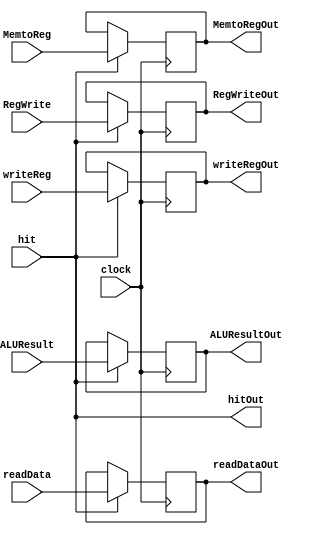
`timescale 1ns / 1ps
//////////////////////////////////////////////////////////////////////////////////
// Company: 
// Engineer: 
// 
// Design Name: 
// Module Name:    MEM_WB_Register 
// Project Name: 
// Target Devices: 
// Tool versions: 
// Description: 
//
// Dependencies: 
//
// Revision: 
// Revision 0.01 - File Created
// Additional Comments: 
//
//////////////////////////////////////////////////////////////////////////////////
module MEM_WB_Register(
    input clock,
    input hit,
    input [31:0] readData,
    input [31:0] ALUResult,
    input [4:0] writeReg,
    input RegWrite,
    input MemtoReg,
    output wire hitOut,
    output reg [31:0] readDataOut,
    output reg [31:0] ALUResultOut,
    output reg [4:0] writeRegOut,
    output reg RegWriteOut,
    output reg MemtoRegOut
    );

always @(negedge clock) begin
	if(hit) begin
		readDataOut = readData;
		ALUResultOut = ALUResult;
		writeRegOut = writeReg;
		writeRegOut = writeReg;
		RegWriteOut = RegWrite;
		MemtoRegOut = MemtoReg;
	end
end
assign hitOut = hit;


endmodule